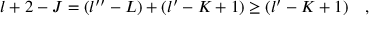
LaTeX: l + 2 - J = ( l ^ { \prime \prime } - L ) + ( l ^ { \prime } - K + 1 ) \geq ( l ^ { \prime } - K + 1 ) \quad ,